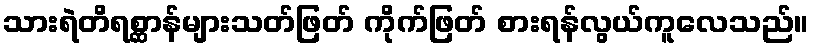
သားရဲတိရစ္ဆာန်များသတ်ဖြတ် ကိုက်ဖြတ် စားရန်လွယ်ကူလေသည်။